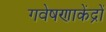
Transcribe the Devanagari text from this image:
गवेषणाकेंद्रों